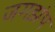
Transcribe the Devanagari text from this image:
जगझंप